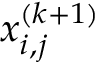
x _ { i , j } ^ { ( k + 1 ) }